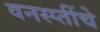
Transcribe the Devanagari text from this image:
वनस्प्तींचे